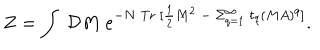
Z = \int ~ { \cal D } M ~ e ^ { - N \ \mathrm { T r } ~ [ { \frac { 1 } { 2 } } M ^ { 2 } ~ - { } ~ \Sigma _ { q = 1 } ^ { \infty } ~ t _ { q } ( M A ) ^ { q } ] } .